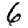
Digit: 6